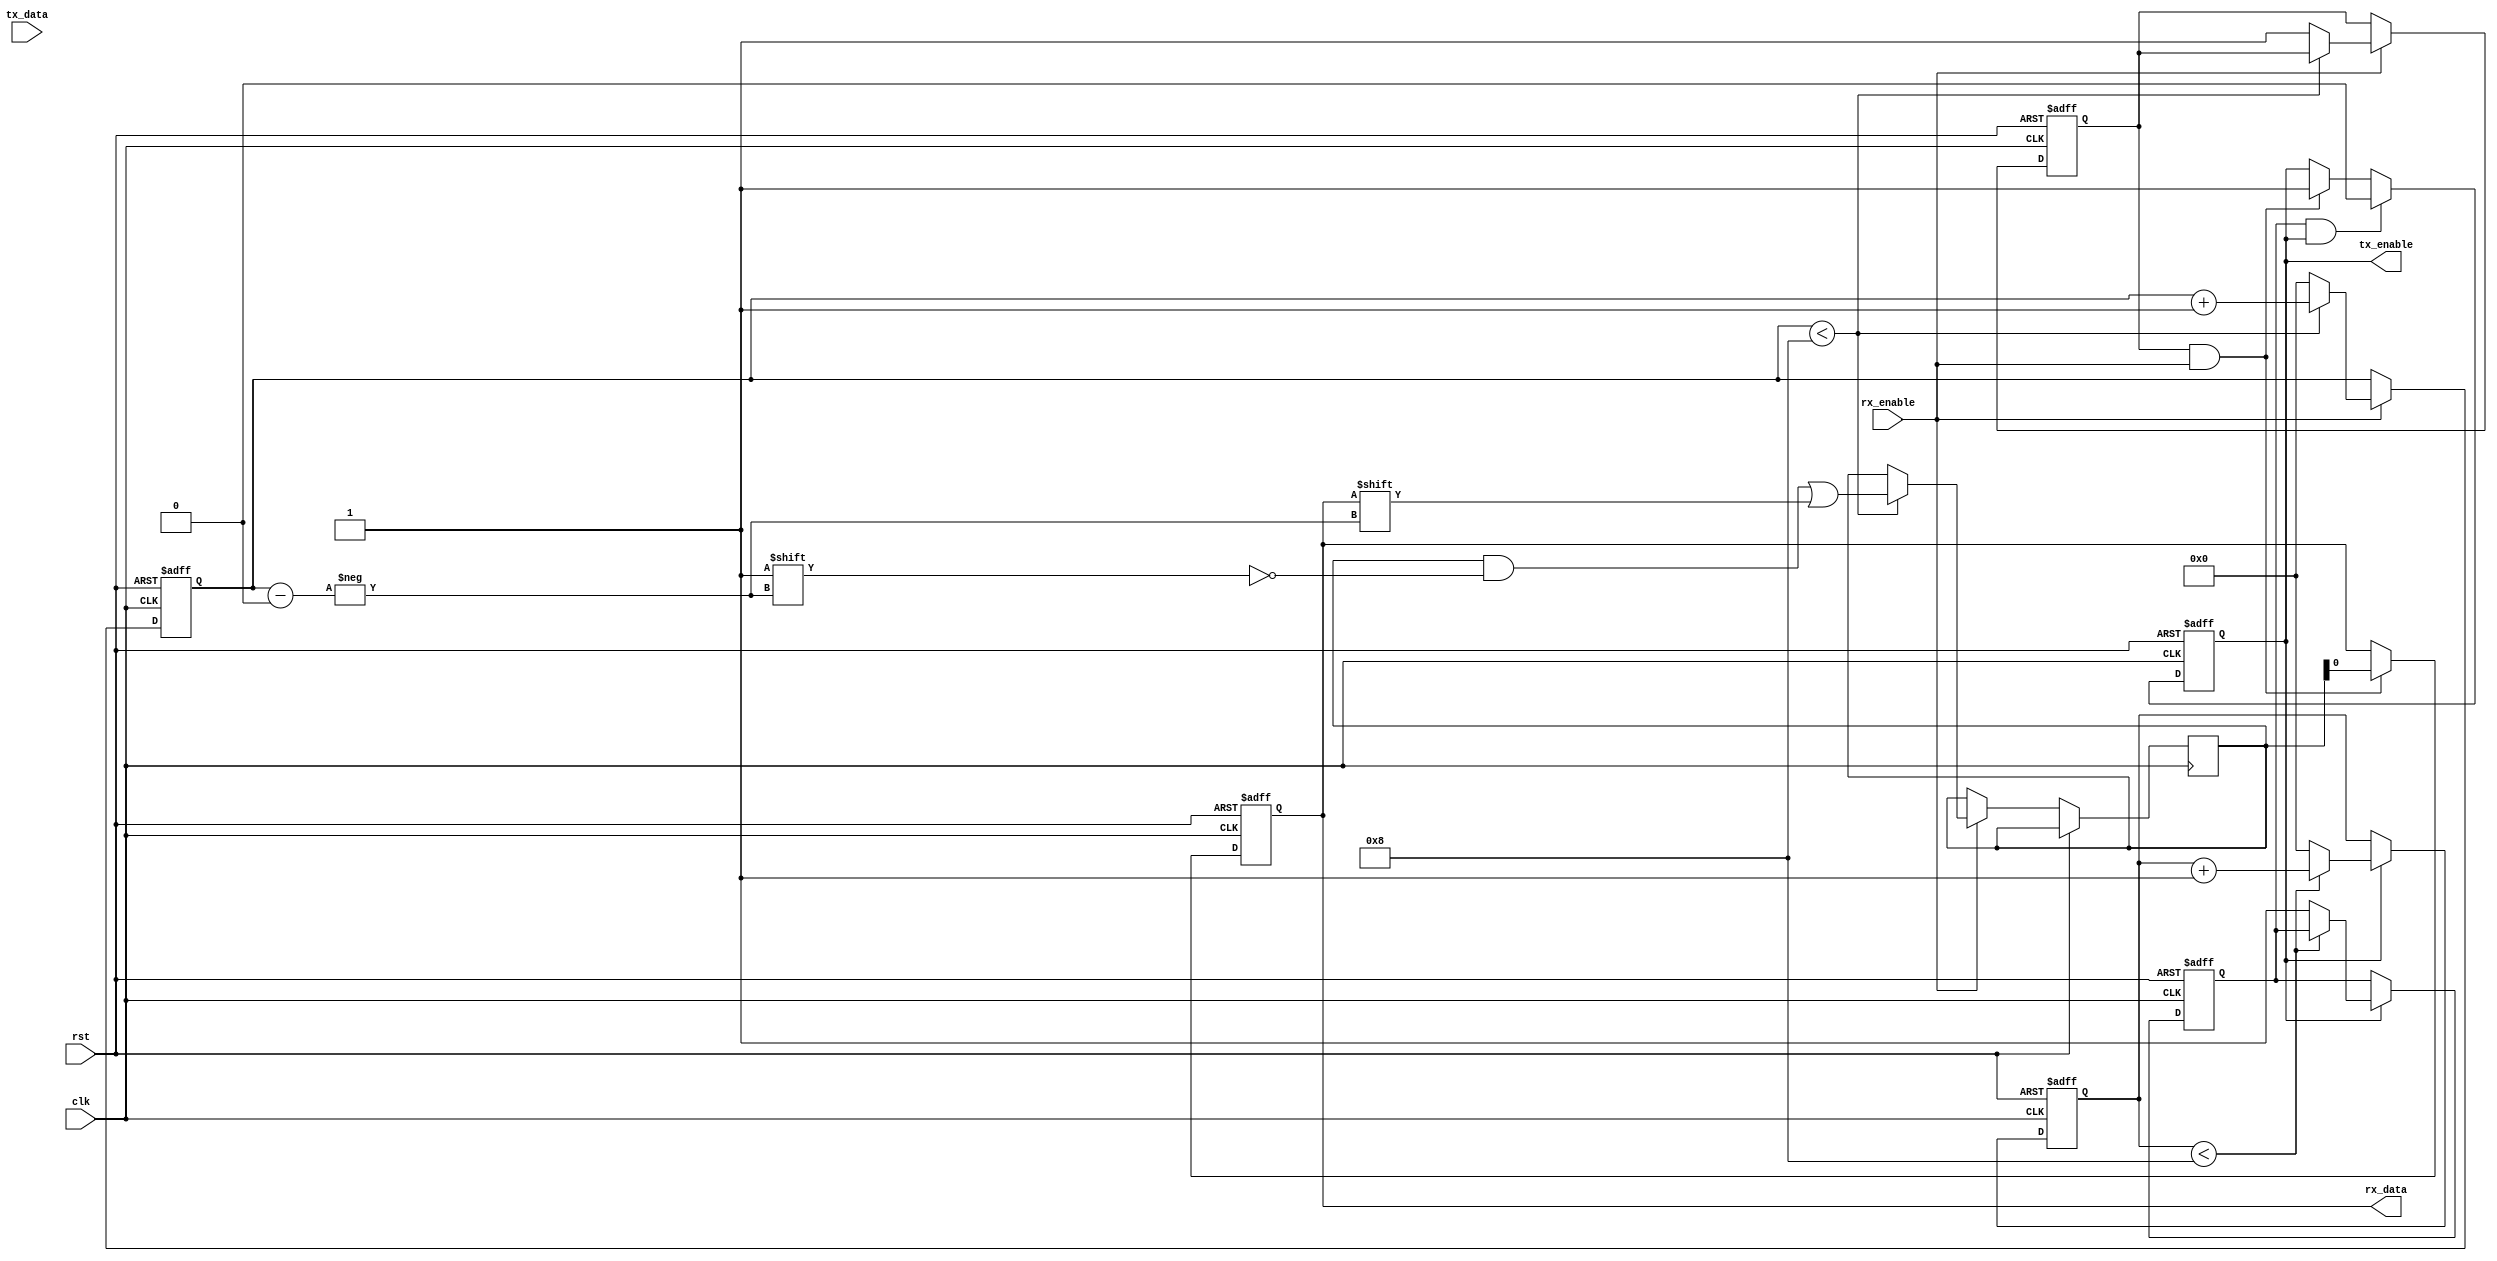
module UART_controller (
    input wire clk, // Clock input
    input wire rst, // Reset input
    input wire tx_data, // Data to be transmitted
    output reg rx_data, // Received data
    output reg tx_enable, // Transmitter enable
    input wire rx_enable // Receiver enable
);

reg [7:0] tx_buffer; // Transmit buffer
reg [7:0] rx_buffer; // Receive buffer
reg [3:0] tx_counter; // Transmit counter
reg [3:0] rx_counter; // Receive counter
reg tx_done; // Transmission flag
reg rx_done; // Receive flag

// Clock generation and synchronization circuits
reg [7:0] baud_rate = 12'h4D; // Baud rate divider for 9600 baud rate
reg [7:0] baud_counter; // Baud rate counter

always @ (posedge clk or posedge rst) begin
    if (rst) begin
        baud_counter <= 8'b0;
    end else begin
        if (baud_counter == baud_rate) begin
            baud_counter <= 8'b0;
        end else begin
            baud_counter <= baud_counter + 1;
        end
    end
end

// Handshaking logic
always @ (posedge clk or posedge rst) begin
    if (rst) begin
        tx_enable <= 1'b0;
    end else begin
        if (tx_done && tx_enable) begin
            tx_enable <= 1'b0;
        end else if (rx_done && rx_enable) begin
            tx_enable <= 1'b1;
        end
    end
end

// Error detection and correction mechanisms
always @ (posedge clk or posedge rst) begin
    if (rst) begin
        rx_data <= 1'b0;
    end else begin
        if (rx_done && rx_enable) begin
            // Implement error detection and correction here
            rx_data <= rx_buffer;
        end
    end
end

// Data transmission and reception
always @ (posedge clk or posedge rst) begin
    if (rst) begin
        tx_done <= 1'b0;
        rx_done <= 1'b0;
        tx_counter <= 4'b0;
        rx_counter <= 4'b0;
    end else begin
        if (tx_enable) begin
            if (tx_counter < 8) begin
                tx_buffer[tx_counter] <= tx_data;
                tx_counter <= tx_counter + 1;
            end else begin
                tx_done <= 1'b1;
                tx_counter <= 4'b0;
            end
        end

        if (rx_enable) begin
            if (rx_counter < 8) begin
                rx_buffer[rx_counter] <= rx_data;
                rx_counter <= rx_counter + 1;
            end else begin
                rx_done <= 1'b1;
                rx_counter <= 4'b0;
            end
        end
    end
end

endmodule